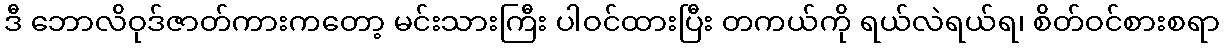
ဒီ ဘောလိဝုဒ်ဇာတ်ကားကတော့ မင်းသားကြီး ပါဝင်ထားပြီး တကယ်ကို ရယ်လဲရယ်ရ၊ စိတ်ဝင်စားစရာ